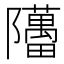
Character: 𬯥